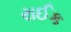
રાઈક